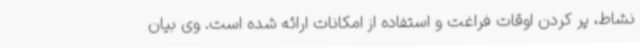
نشاط، پر کردن اوقات فراغت و استفاده از امکانات ارائه شده است. وی بیان